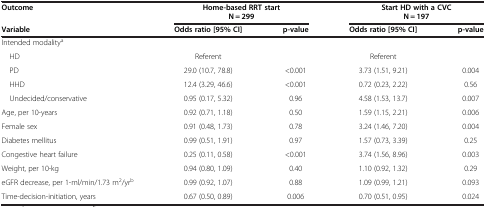
<table><thead><tr><td rowspan="2"><b>Outcome</b></td><td colspan="2"><b>Home-based RRT start</b></td><td colspan="2"><b>Start HD with a CVC</b></td></tr><tr><td colspan="2"><b>N = 299</b></td><td colspan="2"><b>N = 197</b></td></tr><tr><td><b>Variable</b></td><td><b>Odds ratio [95% CI]</b></td><td><b>p-value</b></td><td><b>Odds ratio [95% CI]</b></td><td><b>p-value</b></td></tr></thead><tbody><tr><td>Intended modality<sup>a</sup></td><td> </td><td> </td><td> </td><td> </td></tr><tr><td> HD</td><td>Referent</td><td> </td><td>Referent</td><td> </td></tr><tr><td> PD</td><td>29.0 (10.7, 78.8)</td><td>&lt;0.001</td><td>3.73 (1.51, 9.21)</td><td>0.004</td></tr><tr><td> HHD</td><td>12.4 (3.29, 46.6)</td><td>&lt;0.001</td><td>0.72 (0.23, 2.22)</td><td>0.56</td></tr><tr><td> Undecided/conservative</td><td>0.95 (0.17, 5.32)</td><td>0.96</td><td>4.58 (1.53, 13.7)</td><td>0.007</td></tr><tr><td>Age, per 10-years</td><td>0.92 (0.71, 1.18)</td><td>0.50</td><td>1.59 (1.15, 2.21)</td><td>0.006</td></tr><tr><td>Female sex</td><td>0.91 (0.48, 1.73)</td><td>0.78</td><td>3.24 (1.46, 7.20)</td><td>0.004</td></tr><tr><td>Diabetes mellitus</td><td>0.99 (0.51, 1.91)</td><td>0.97</td><td>1.57 (0.73, 3.39)</td><td>0.25</td></tr><tr><td>Congestive heart failure</td><td>0.25 (0.11, 0.58)</td><td>&lt;0.001</td><td>3.74 (1.56, 8.96)</td><td>0.003</td></tr><tr><td>Weight, per 10-kg</td><td>0.94 (0.80, 1.09)</td><td>0.40</td><td>1.10 (0.92, 1.32)</td><td>0.29</td></tr><tr><td>eGFR decrease, per 1-ml/min/1.73 m<sup>2</sup>/yr<sup>b</sup></td><td>0.99 (0.92, 1.07)</td><td>0.88</td><td>1.09 (0.99, 1.21)</td><td>0.093</td></tr><tr><td>Time-decision-initiation, years</td><td>0.67 (0.50, 0.89)</td><td>0.006</td><td>0.70 (0.51, 0.95)</td><td>0.024</td></tr></tbody></table>